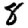
Digit: 8